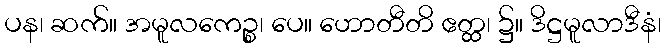
ပန၊ ဆက်။ အမူလကေဉ္စ၊ ပေ။ ဟောတီတိ ဧတ္ထ၊ ၌။ ဒိဋ္ဌမူလာဒီနံ၊